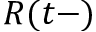
R ( t - )